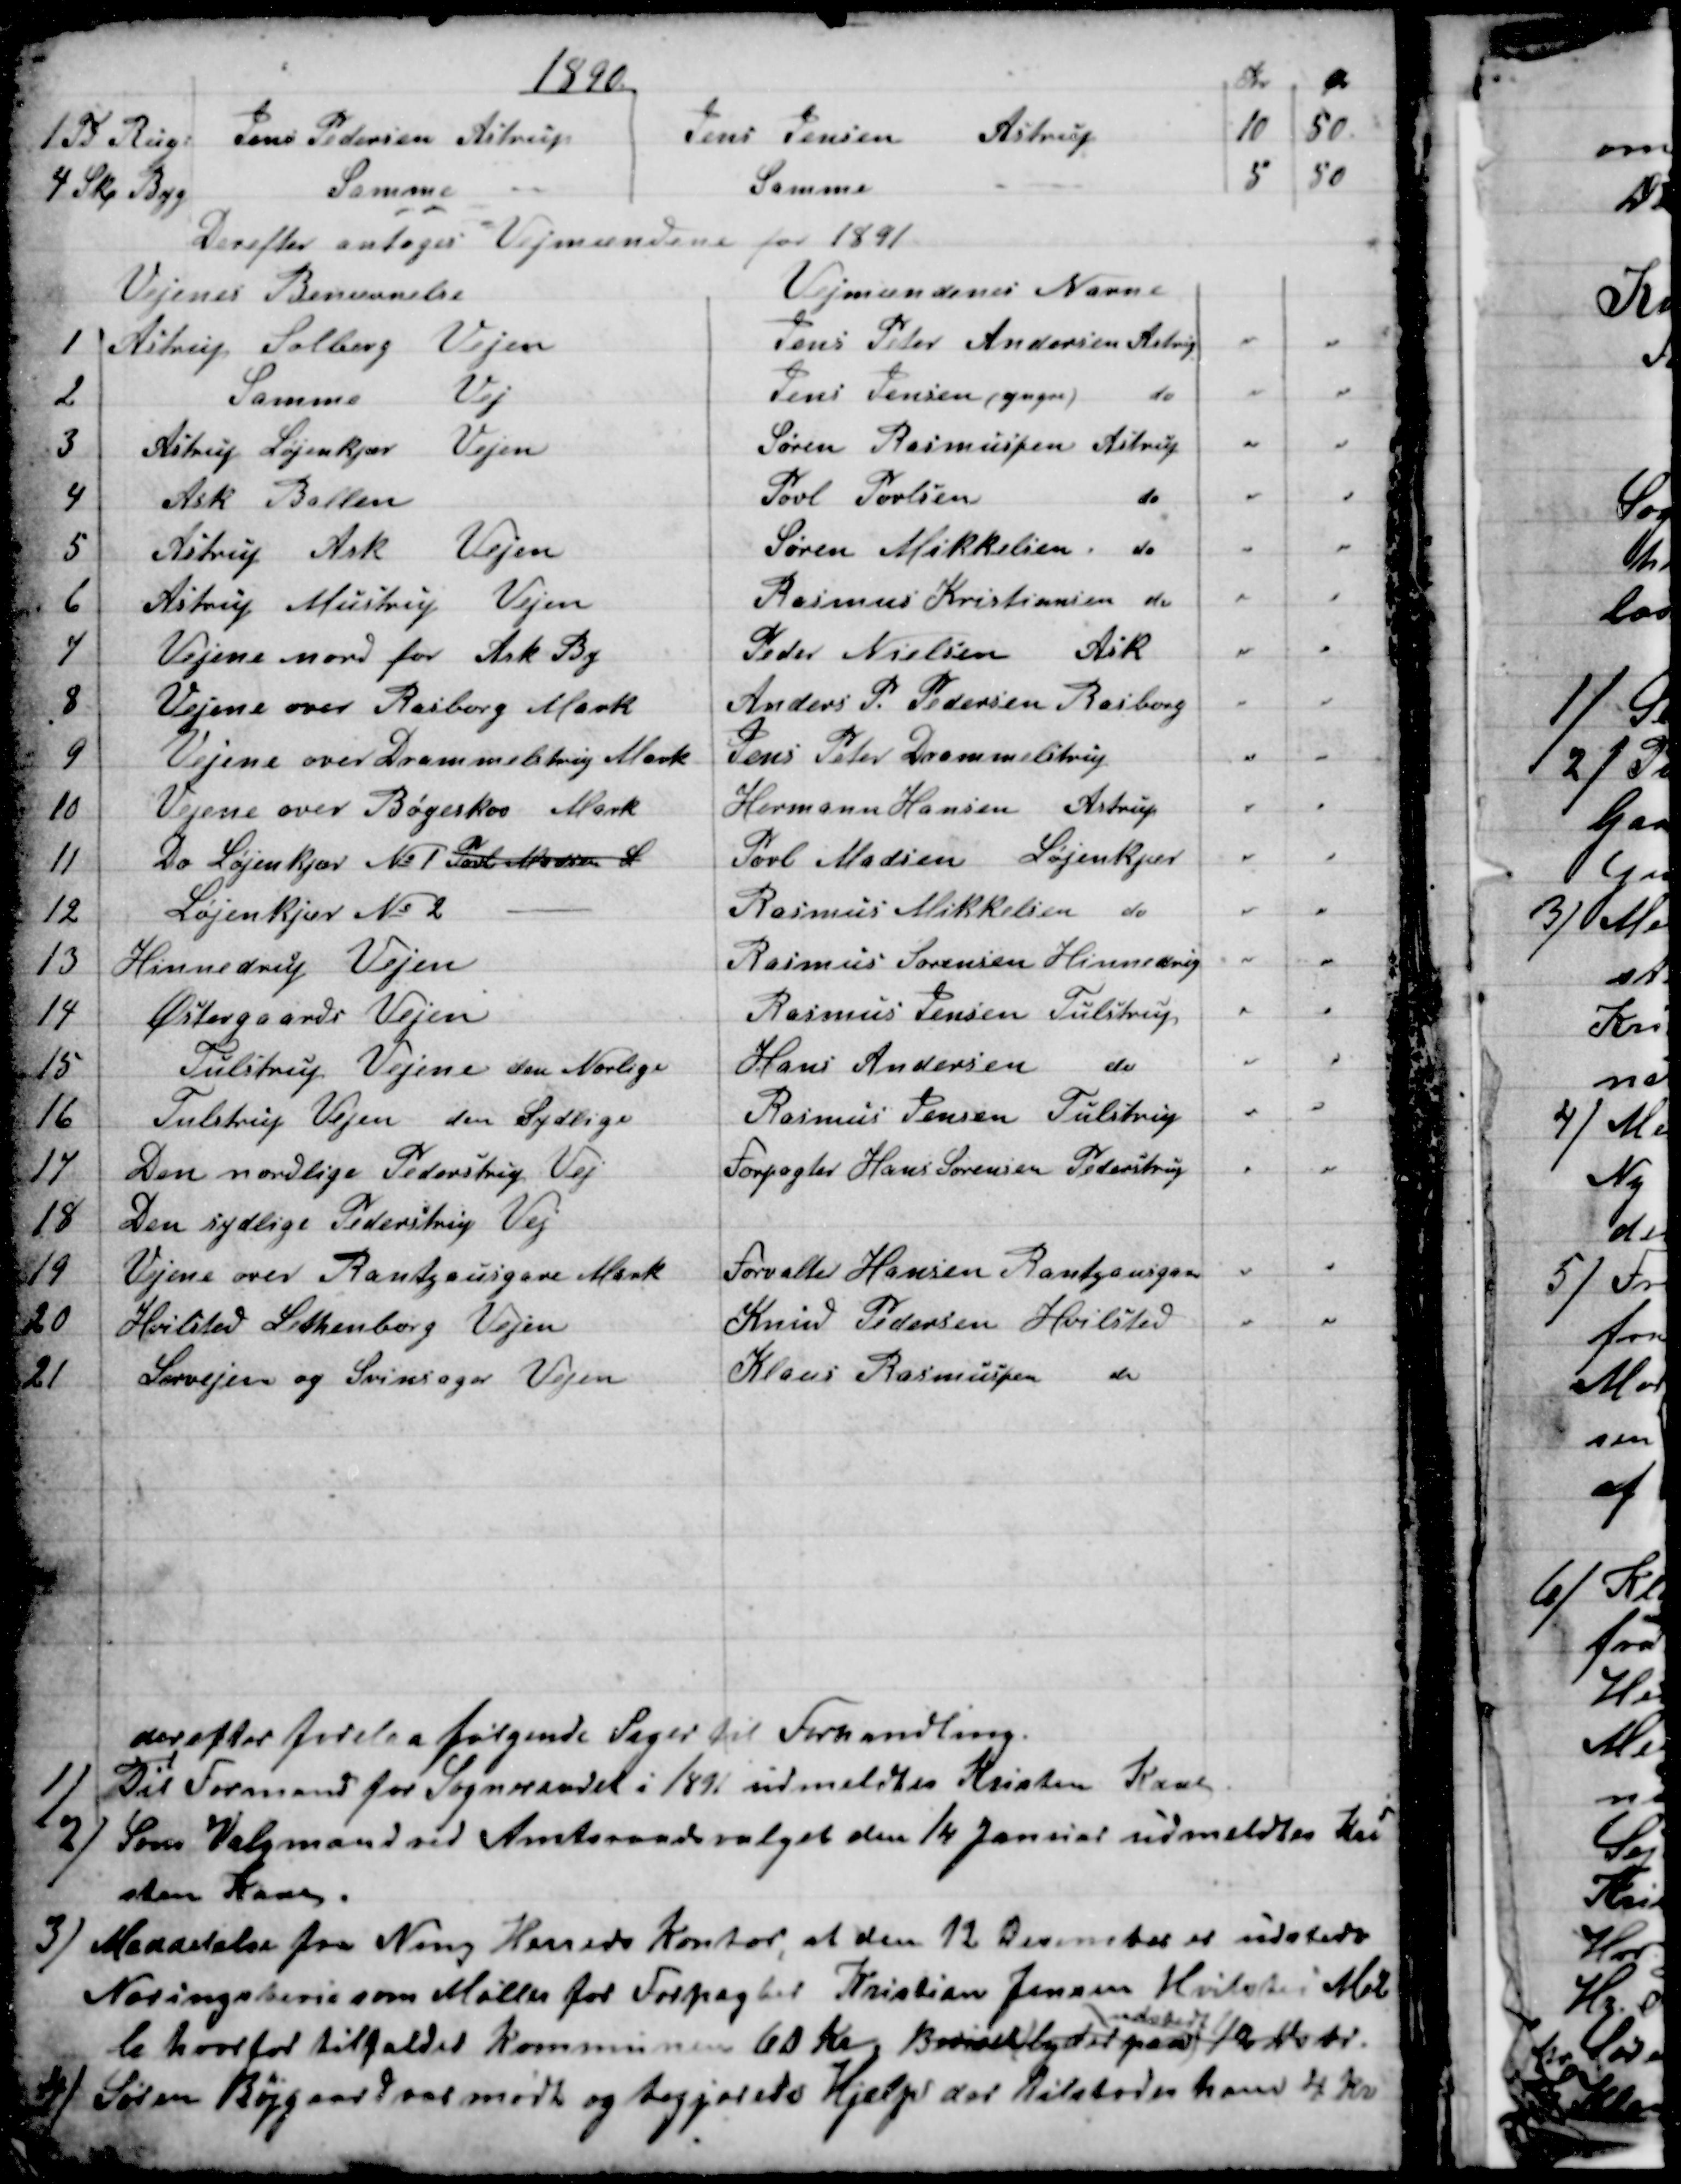
Transskription:
1890
Kr
Ør
1 Td Rug
Jens Pedersen Astrup
Jens Jensen Astrup
10
50.
4 Skp Byg
Samme --
Samme
--
5
50
Derefter antoges Vejmændene for 1891
Vejenes Benævnelse
Vejmændenes Navne
1
Astrup Solberg Vejen
Jens Peter Andersen Astrup
"
"
2
Samme Vej
Jens Jensen  (yngre) do
"
"
3
Astrup Løjenkjær Vejen
Søren Rasmussen Astrup
"
"
4
Ask Ballen
Povl Povlsen do
"
"
5
Astrup Ask Vejen
Søren Mikkelsen do
"
"
6
Astrup Mustrup Vejen
Rasmus Kristiansen do
"
"
7
Vejene nord for Ask By
Peder Nielsen Ask
"
"
8
Vejene over Rasborg Mark
Anders P. Pedersen Rasborg
"
"
9
Vejene over Drammelstrup Mark
Jens Peter Drammelstrup
"
"
10
Vejene over Bøgeskov Mark
Hermann Hansen Astrup
"
"
11
Do Løjenkjær № 1 Povl Madsen L
Povl Madsen Løjenkjær
"
"
12
Løjenkjær № 2
Rasmus Mikkelsen do
"
"
13
Hinnedrup Vejen
Rasmus Sørensen Hinnedrup
"
"
14
Østergaards Vejen
Rasmus Jensen Tulstrup
"
"
15
Tulstrup Vejene den Norlige
Hans Andersen do
"
"
16
Tulstrup Vejen den Sydlige
Rasmus Jensen Tulstrup
"
"
17
Den nordlige Pederstrup Vej
Forpagter Hans Sørensen Pederstrup
"
"
18
Den sydlige Pederstrup Vej
19
Vejene over Rantzausgave Mark
Forvalter Hansen Rantzausgave
"
"
20
Hvilsted Lethenborg Vejen
Knud Pedersen Hvilsted
"
"
21
Lervejen og Svinsager Vejen
Klaus Rasmussen do
derefter forelaa følgende Sager til Forhandling.
1)
Til Formand for Sogneraadet i 1891 udmeldtes Kristen Kaae
2) 
 Som Valgmand ved Amtsraadsvalget den 14 Januar udmeldtes Kri
sten Kaae.
3) 
Meddelelse fra Ning Herreds Kontor, at den 12 December er udstedt
Næringsbevis som Møller for Forpagter Kristian Jensen Hvilsted Møl
le hvorfor tilfalder kommunen 60 Kr, Beviset (lyder paa) 
udstedt
 12 Nvbr
4)
 Søren Røjgaard var mødt og begjærede Hjælp der tilstodes ham 4 Kr